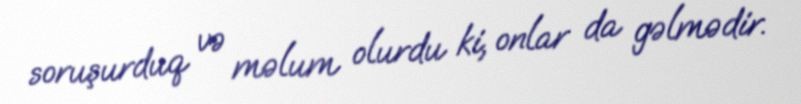
soruşurduq və məlum olurdu ki, onlar da gəlmədir.